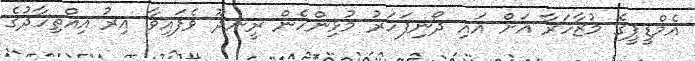
އެމްޑީޕީގެ މުޒާހަރާ އަށް އައި ދޯނިފަހަރު މުޅިންހެން ރީނދޫ ވެފައިވާ އިރު އިއްތިހާދުގެ